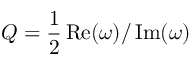
Q = \frac { 1 } { 2 } \operatorname { R e } ( \omega ) / \operatorname { I m } ( \omega )